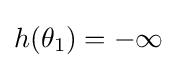
h(\theta _{1})=-\infty